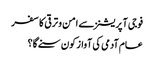
فوجی آپریشنز سے امن و ترقی کا سفر
عام آدمی کی آواز کون سنے گا؟